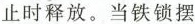
止时释放。当铁锁摆